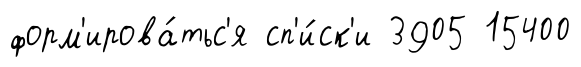
форм'ирова́тьс'я сп'и́ск'и 3905 15400